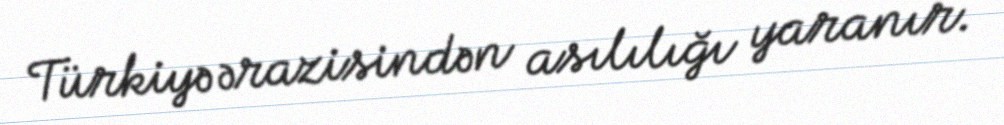
Türkiyə ərazisindən asılılığı yaranır.